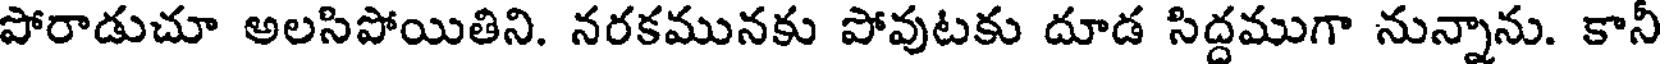
పోరాడుచూ అలసిపోయితిని. నరకమునకు పోవుటకు దూడ సిద్దముగా నున్నాను. కానీ